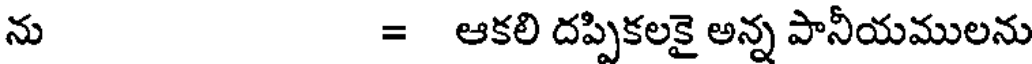
ను = ఆకలి దప్పికలకై అన్న పానీయములను